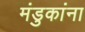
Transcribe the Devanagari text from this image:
मंडुकांना